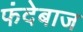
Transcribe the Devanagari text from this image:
फंदेबाज